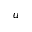
u